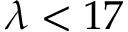
\lambda < 1 7